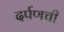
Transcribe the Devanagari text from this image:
दर्पणची